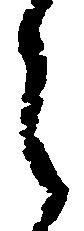
之